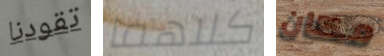
تقودنا كلاهما مكان